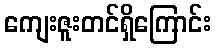
ကျေးဇူးတင်ရှိကြောင်း